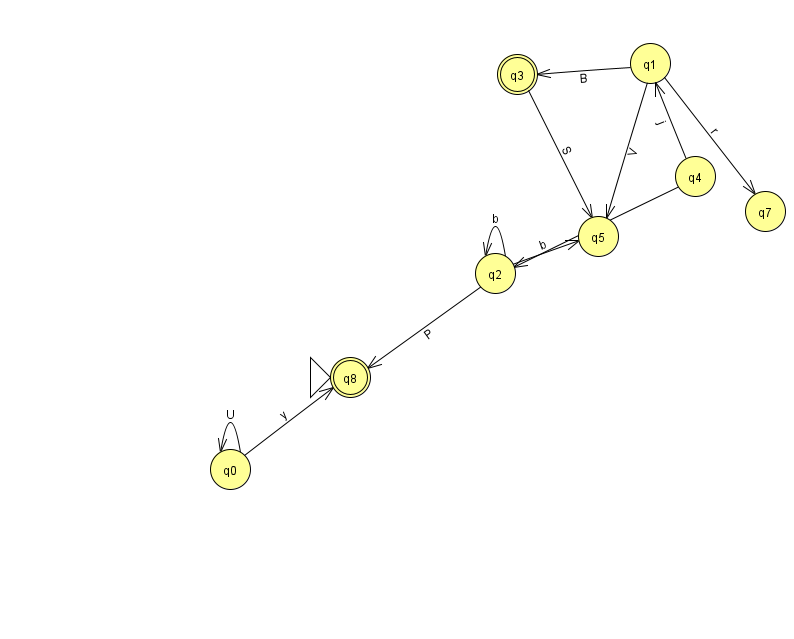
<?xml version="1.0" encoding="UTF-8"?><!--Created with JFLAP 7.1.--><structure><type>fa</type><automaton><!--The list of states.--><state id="0" name="q0"><x>230.0</x><y>456.0</y></state><state id="1" name="q1"><x>650.0</x><y>50.0</y></state><state id="2" name="q2"><x>495.0</x><y>260.0</y></state><state id="3" name="q3"><x>517.0</x><y>61.0</y><final/></state><state id="4" name="q4"><x>695.0</x><y>163.0</y></state><state id="5" name="q5"><x>598.0</x><y>223.0</y></state><state id="7" name="q7"><x>765.0</x><y>198.0</y></state><state id="8" name="q8"><x>350.0</x><y>364.0</y><initial/><final/></state><!--The list of transitions.--><transition><from>4</from><to>1</to><read>j</read></transition><transition><from>1</from><to>3</to><read>B</read></transition><transition><from>2</from><to>2</to><read>b</read></transition><transition><from>0</from><to>8</to><read>y</read></transition><transition><from>0</from><to>0</to><read>U</read></transition><transition><from>4</from><to>2</to><read>j</read></transition><transition><from>1</from><to>7</to><read>r</read></transition><transition><from>3</from><to>5</to><read>S</read></transition><transition><from>2</from><to>5</to><read>b</read></transition><transition><from>1</from><to>5</to><read>V</read></transition><transition><from>2</from><to>8</to><read>P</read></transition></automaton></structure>